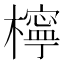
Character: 檸